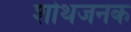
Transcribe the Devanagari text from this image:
शोथजनक